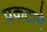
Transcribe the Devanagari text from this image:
प्रकटाने